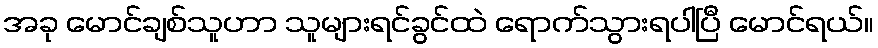
အခု မောင်ချစ်သူဟာ သူများရင်ခွင်ထဲ ရောက်သွားရပါပြီ မောင်ရယ်။